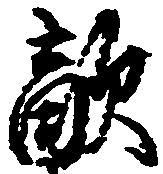
敵